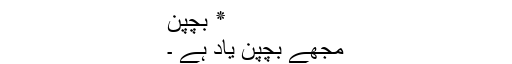
٭ بچپن
مجھے بچپن یاد ہے ۔